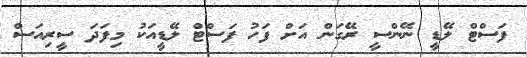
ފަަސްޓް ލޭޑީ ނޭންސީ ރޭގަން އަށް ފަހު ފަސްޓް ލޭޑީއަކު މިފަދަ ސީރިއަސް